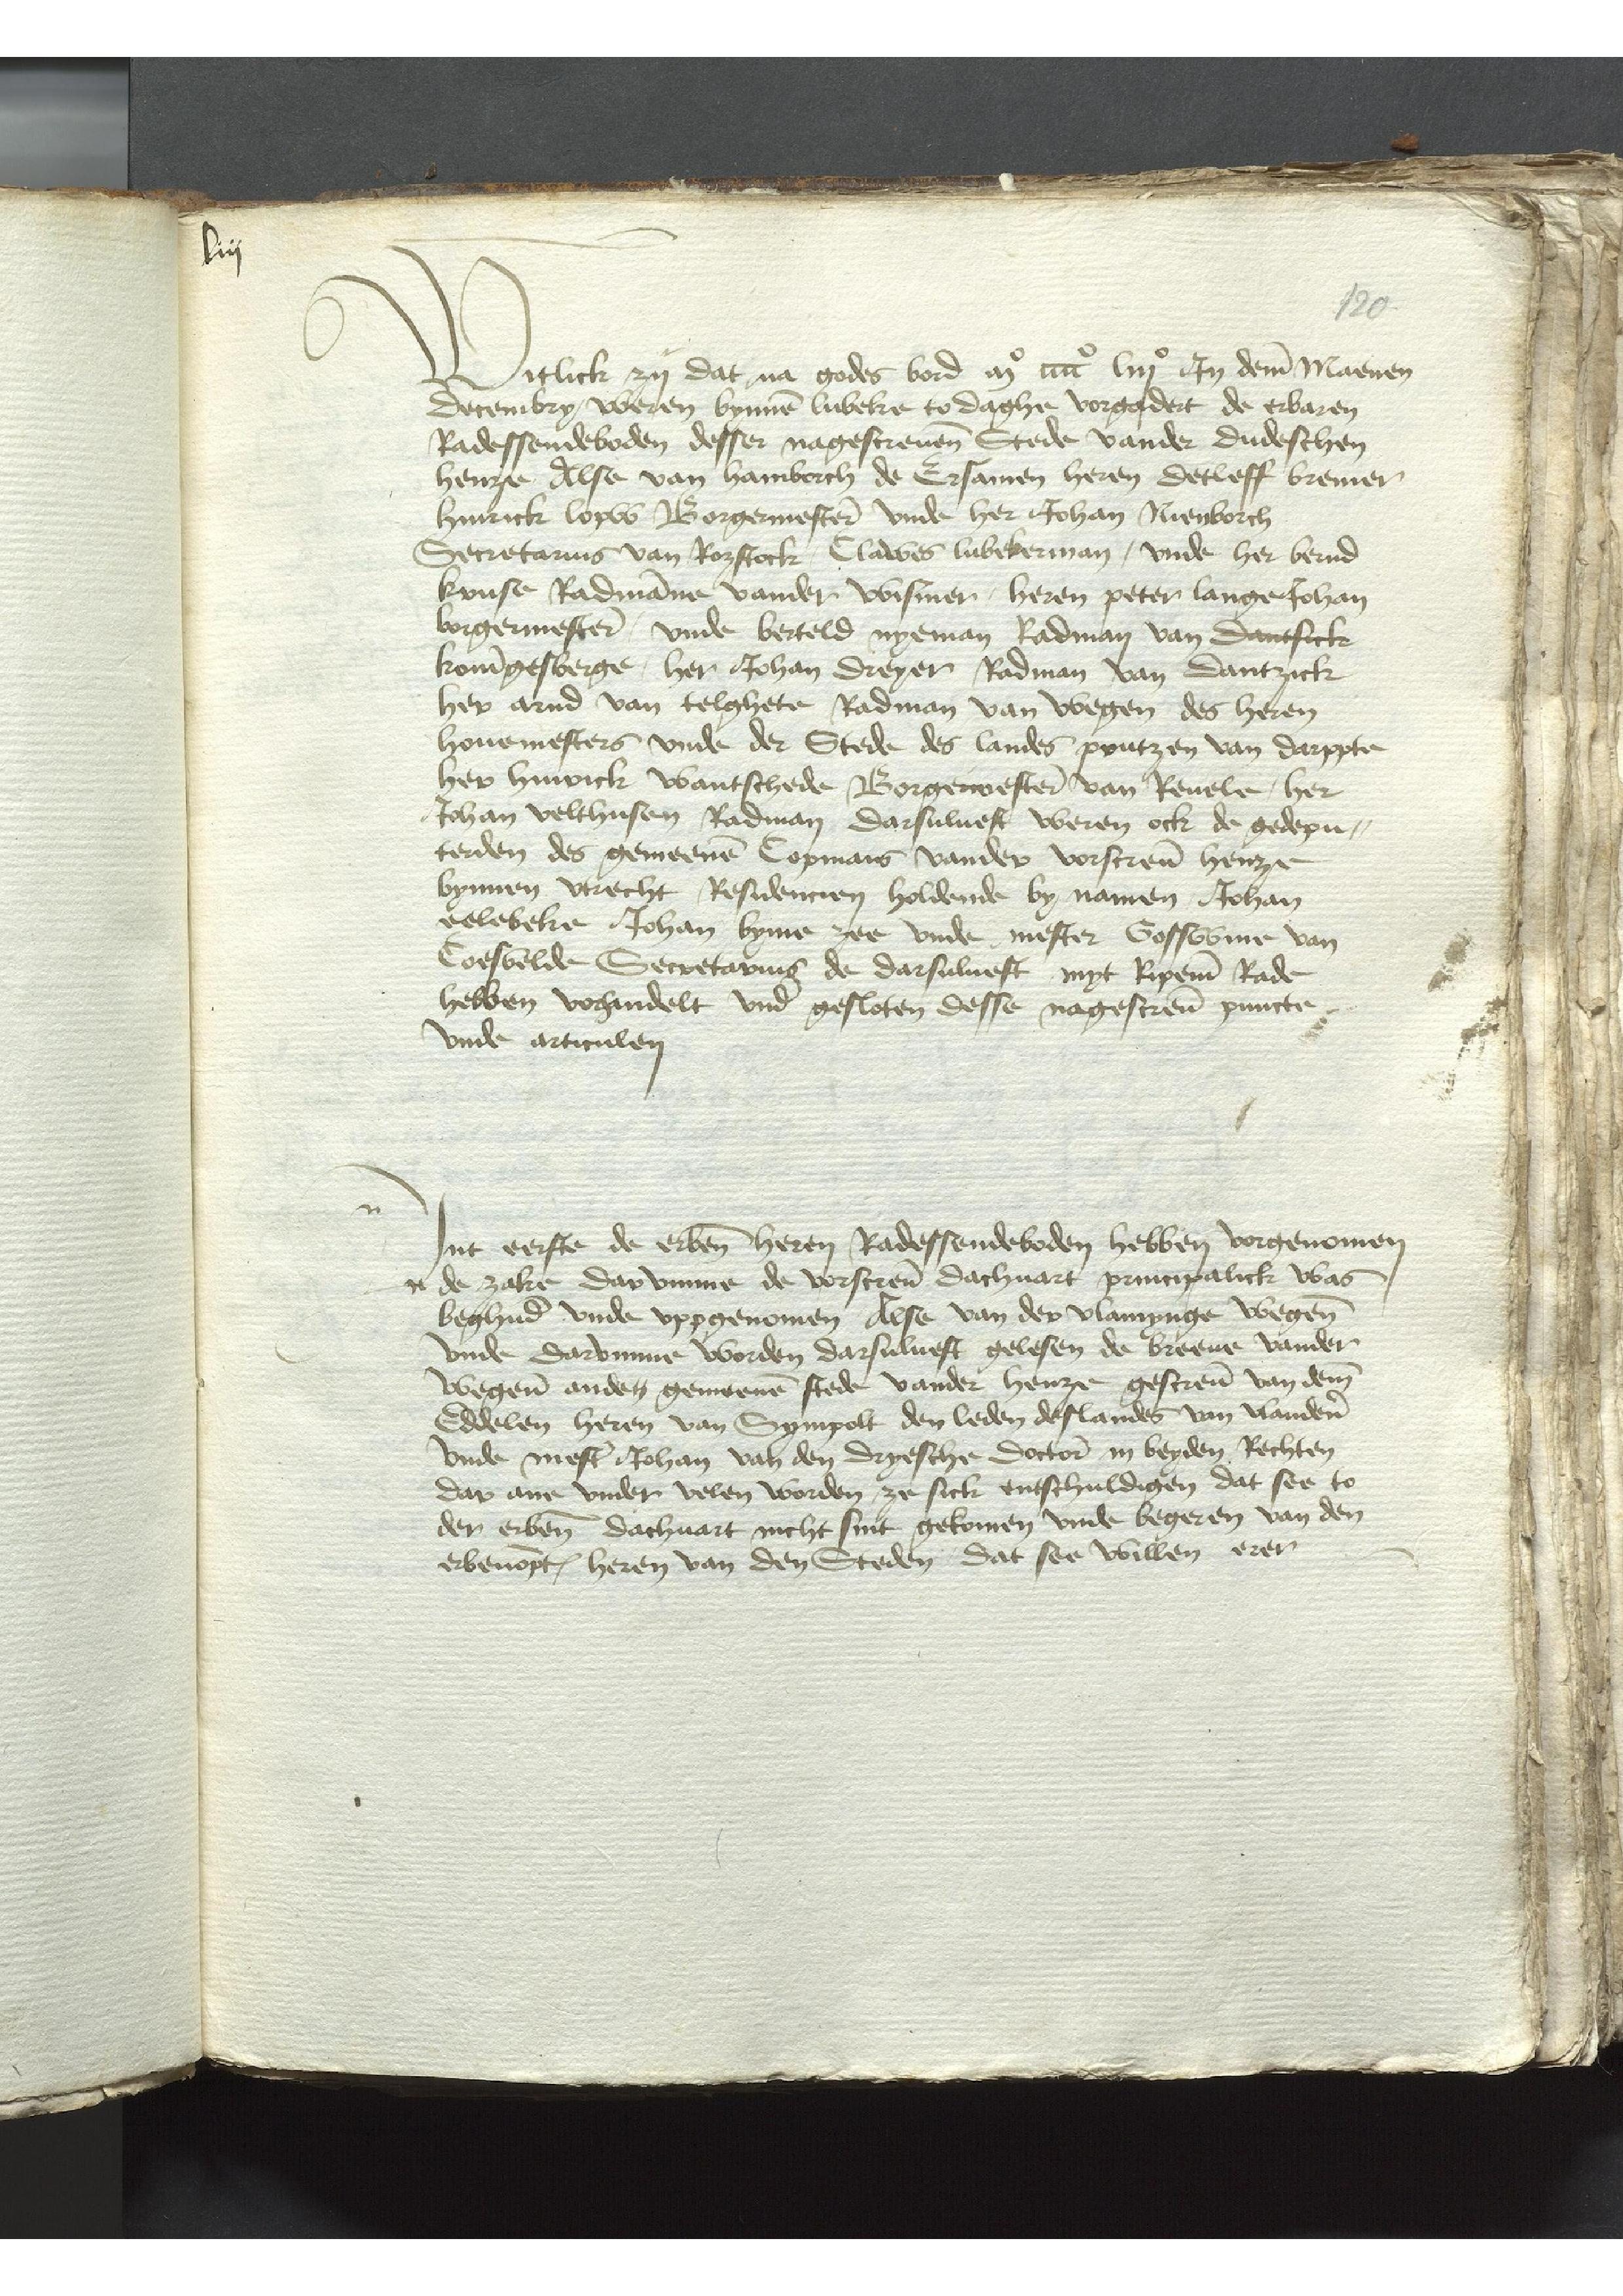
Witlick zy dat na godes bord in mo cccco An deme Maenen
decembry, weren bynnen Lubeke to daghe vorgadart de Erbaren
Radessendeboden desser nagescreuenen Stede vander dudeschen
henze Alse van Hamborch de Ersamen heren Detleff Bremer
Hinrick Loyw Borgermestern vnde her Johan Nienborch
Secretarius van Rozstock, Clawes Lubekerman, vnde her Bernd
Kruse Radmanne vander Wismer, heren Peter Lange Johan
Borgermestern, vnde Berteld Nyeman Radman van Dantsick
Koningesberge, her Johan Dreyer Radman van Dantzick
Her Arnd van telghete Radman van wegen des heren
houemesters vnde der Stede des landes Prutzen van Darppte
her Hinrick Wantschede Borgermestern van Reuele, her
Johan Velthusen Radman darsuluest weren ock de gedepu¬
terden des gemeenen Copmans vander vorscreuen henze
bynnen Vtrecht Residencien holdende by namen Johan
Eelebeke Johan Lyme zee vnde mester Gosswine van
Coesvelde Secretarius de darsulueft myt Ripemen Rade
hebben vorhandelt vnd gesloten desse nagescreuen puncte
vnde articulen

Jnt eerste de erbenomden heren Radessendeboden hebben vorgenomen
de zake dar vmme de vorscreuen dachuart principalick was
beghuder vnde vppgenomen Alse van der Vlamynge wegen
vnde darvmme worden darsuluest gelesen de breeue vander
wegenen anden gemeenen stede vander henze gescreuen van deme
Eddelen heren van Sympolt den leden deslandes van Vlanderen
vnde mester Johan van den Dryesche doctorn in beyden Rechten
dar ane vnder velen worden ze sick entschuldigen dat see to
der erbenomenden dachuart nicht sint gekomen vnde begeren van den
erbenompten heren van den Steden dat see willen erer